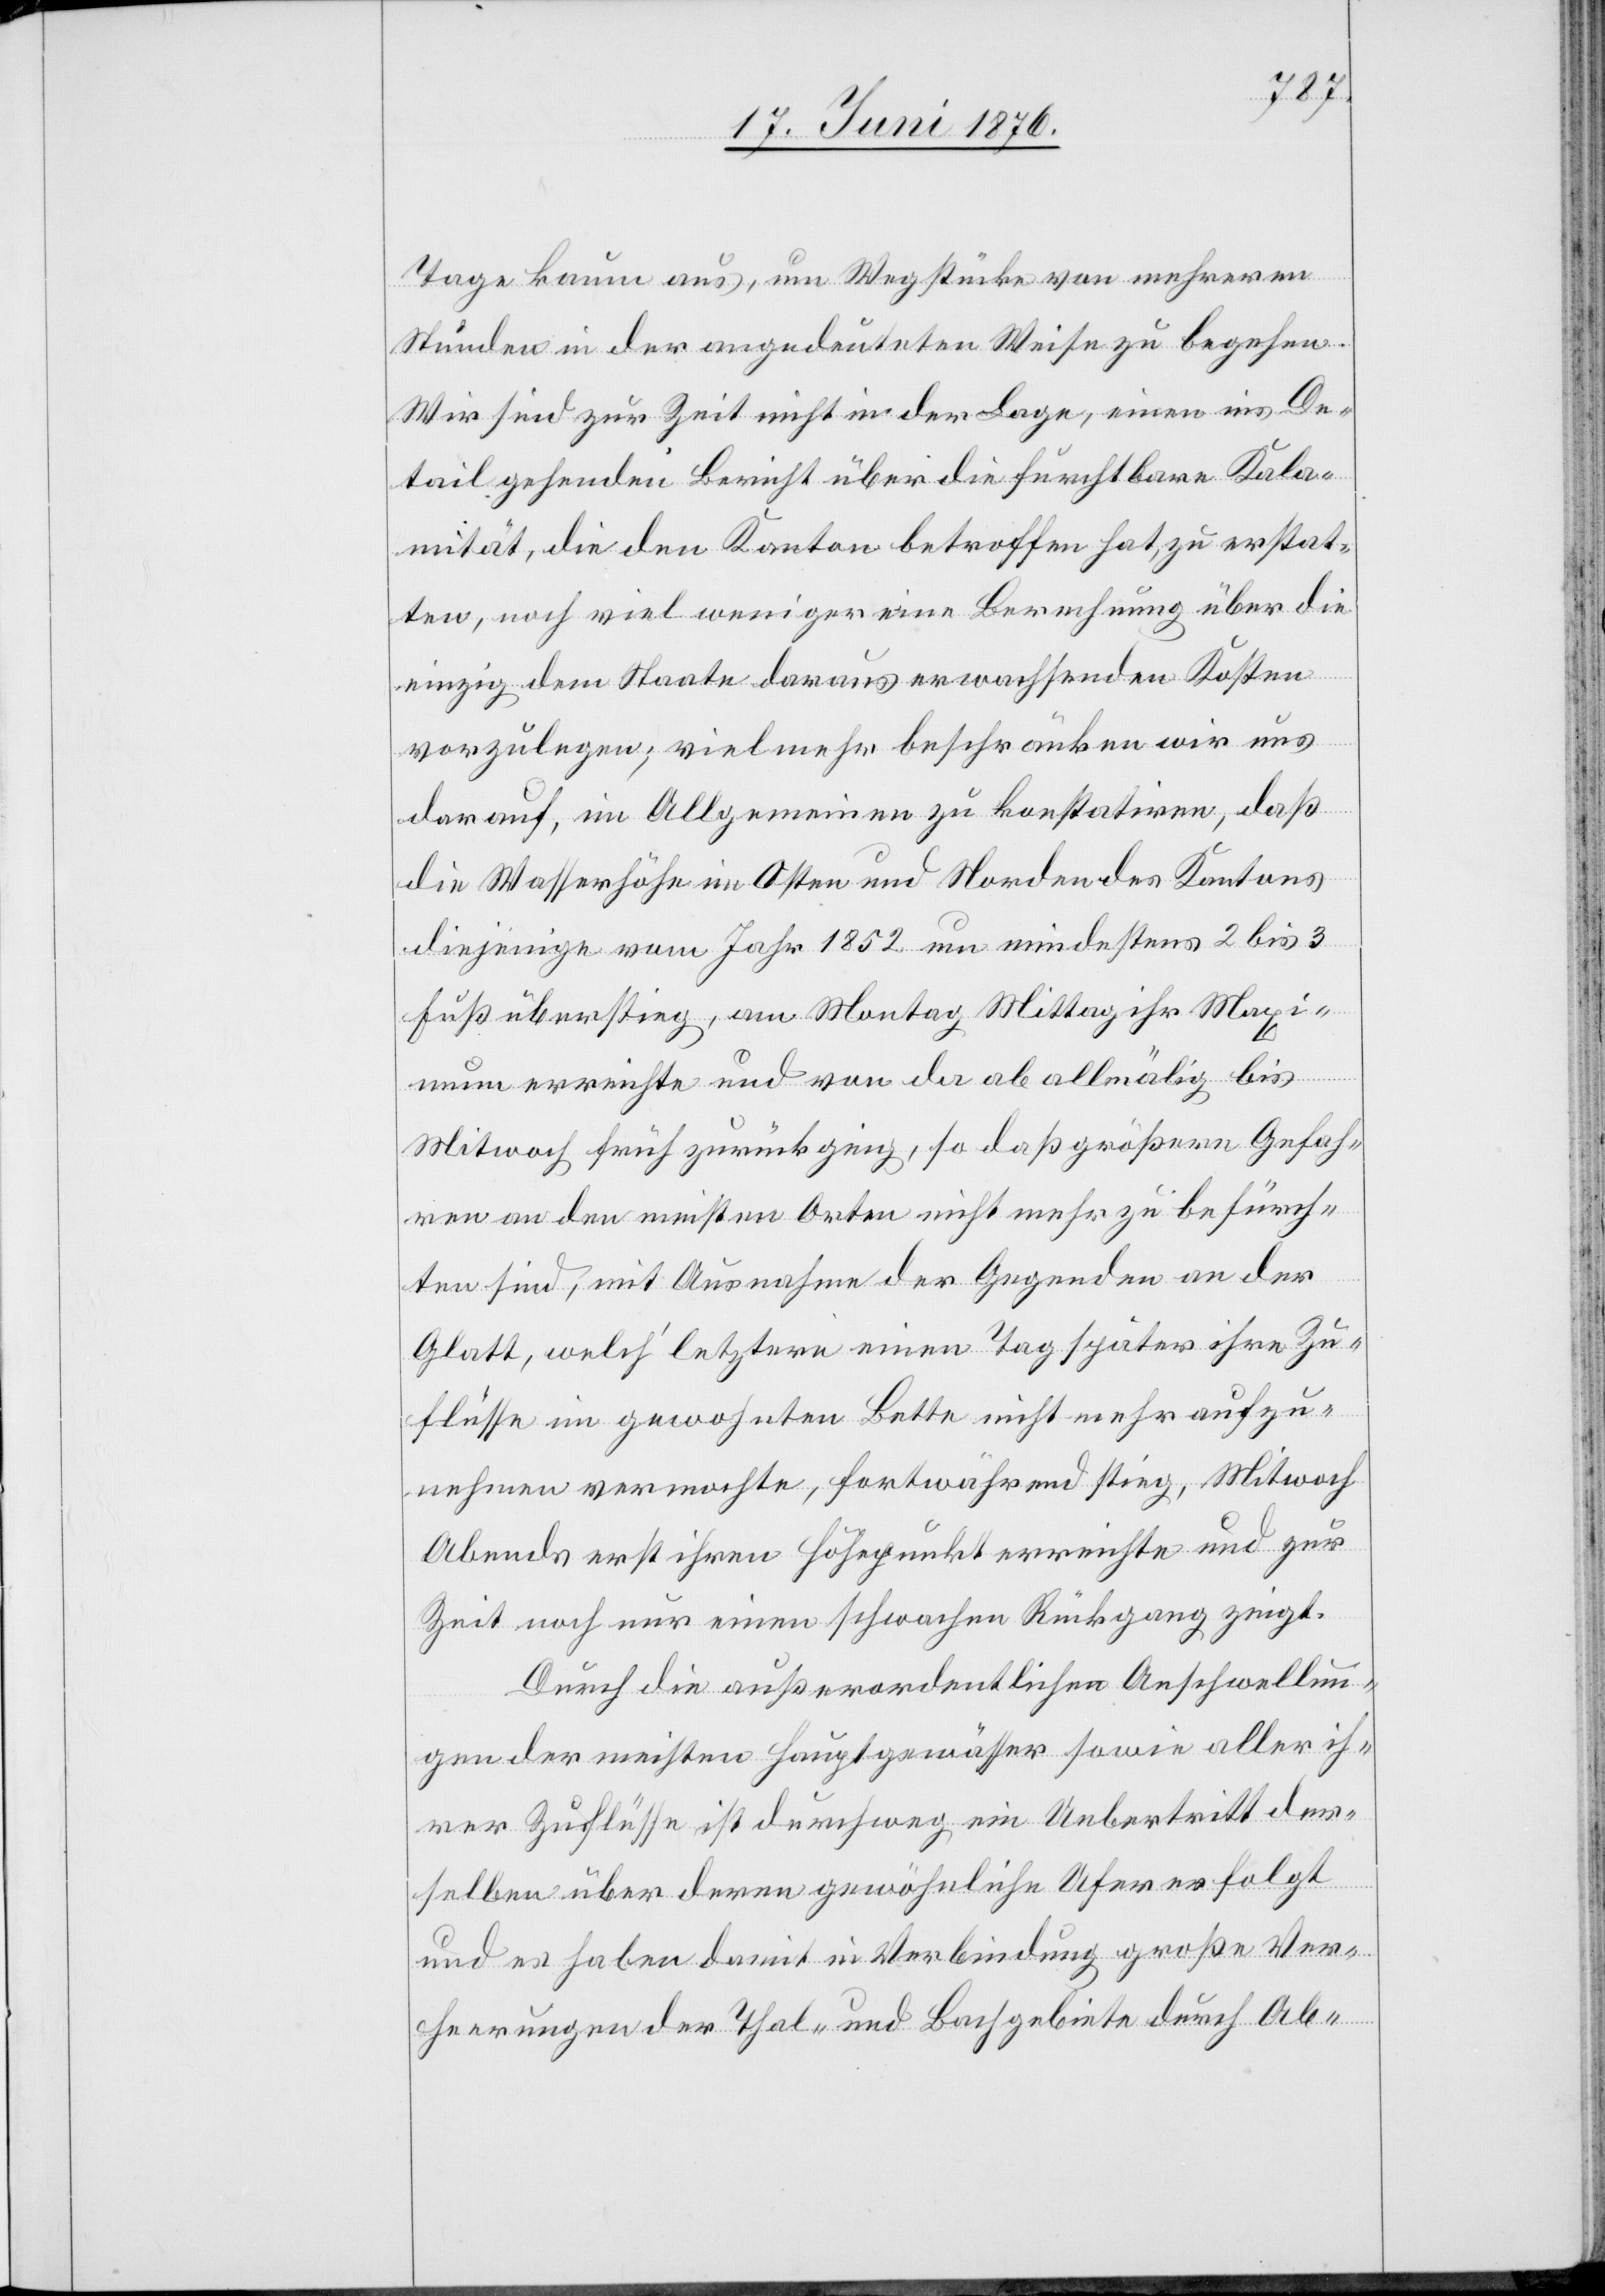
Tage kaum aus, um Wegstücke von mehreren
Stunden in der angedeuteten Weise zu begehen.
Wir sind zur Zeit nicht in der Lage, einen ins De¬
tail gehenden Bericht über die furchtbare Kala¬
mität, die den Kanton betroffen hat, zu erstat¬
ten, noch viel weniger eine Berechnung über die
einzig dem Staate daraus erwachsenden Kosten
vorzulegen; vielmehr beschränken wir uns
darauf, im Allgemeinen zu konstatiren, daß
die Wasserhöhe im Osten und Norden des Kantons
diejenige vom Jahr 1852 um mindestens 2 bis 3
Fuß überstieg, am Montag Mittag ihr Maxi¬
mum erreichte und von da ab allmälig bis
Mitwoch früh zurück ging, so daß größere Gefah¬
ren an den meisten Orten nicht mehr zu befürch¬
ten sind, mit Ausnahme der Gegenden an der
Glatt, welch’ letztere einen Tag später ihre Zu¬
flüsse im gewohnten Bette nicht mehr aufzu¬
nehmen vermochte, fortwährend stieg, Mitwoch
Abends erst ihren Höhepunkt erreichte und zur
Zeit noch nur einen schwachen Rückgang zeigt.
Durch die außerordentlichen Anschwellun¬
gen der meisten Hauptgewässer sowie aller ih¬
rer Zuflüsse ist durchweg ein Uebertritt der¬
selben über deren gewöhnliche Ufer erfolgt
und es haben damit in Verbindung große Ver¬
heerungen der Thal- und Bachgebiete durch Ab-